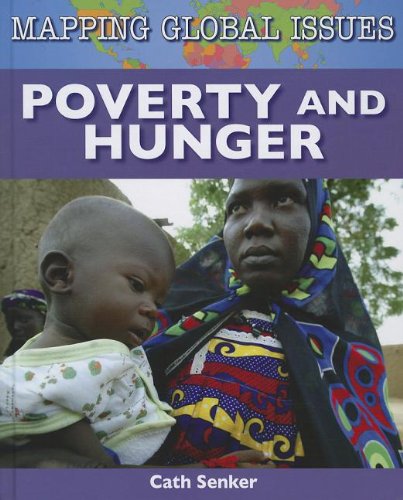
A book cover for Poverty and Hunger (Mapping Global Issues); Cath Senker; Teen & Young Adult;